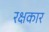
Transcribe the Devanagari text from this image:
रक्षकार